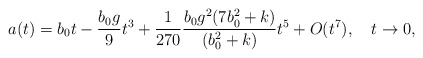
\begin{align*} a(t) = b_0 t - \frac{b_0 g}{9} t^3 +\frac{1}{270}\frac{b_0 g^2 (7 b_0^2 + k)}{(b_0^2 + k)} t^5 + O(t^7), \quad t \to 0,\end{align*}